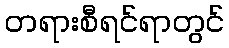
တရားစီရင်ရာတွင်